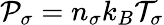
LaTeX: {\cal P}_{\sigma}=n_{\sigma}k_{B}{\cal T}_{\sigma}